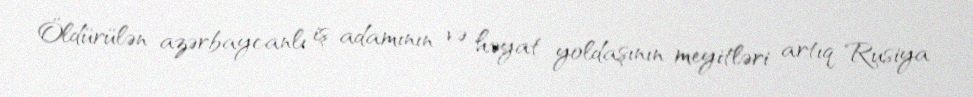
Öldürülən azərbaycanlı iş adamının və həyat yoldaşının meyitləri artıq Rusiya